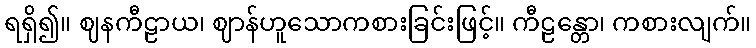
ရရှိ၍။ ဈနကီဠာယ၊ ဈာန်ဟူသောကစားခြင်းဖြင့်။ ကီဠန္တော၊ ကစားလျက်။